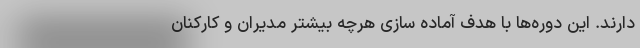
دارند. این دوره‌ها با هدف آماده سازی هرچه بیشتر مدیران و کارکنان